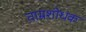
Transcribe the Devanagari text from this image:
ताम्रशोधक